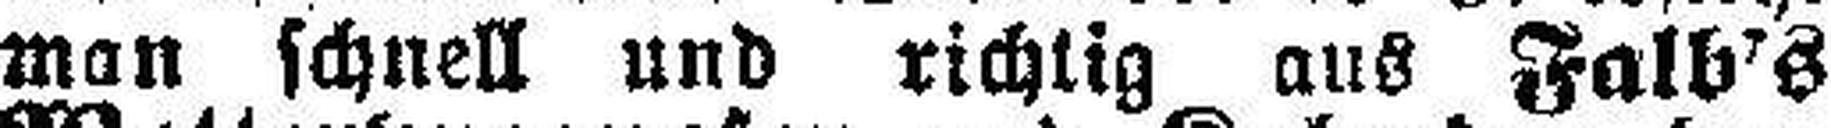
man schnell und richtig aus Falb's